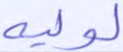
لوليه